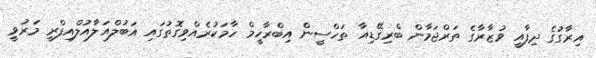
އިރާގުގެ ދިފާއީ ވުޒާރާގެ ތަރްޖަމާން ބްރިގޭޑިއާ ތަހްސީން އިބްރާހީމް ހާމަކުރެއްވިގޮތުގައި އަބުލްއަލާއުލްއިފްރީ މަރުވީ